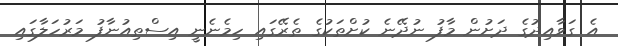
އެ ގަވާއިދުގެ ދަށުން މާފު ނުދޭނެ ކުށްތަކުގެ ތެރޭގައި ހިމެނެނީ އިސްތިއުނާފު މަރުހަލާގައި